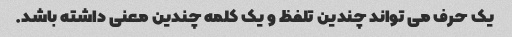
یک حرف می تواند چندین تلفظ و یک کلمه چندین معنی داشته باشد.